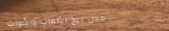
محل بيع الألعاب والأدوات